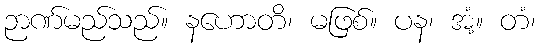
ဉာဏ်မည်သည်။ နဟောတိ၊ မဖြစ်။ ပန၊ အံ့။ တံ၊